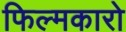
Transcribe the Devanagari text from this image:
फिल्मकारो